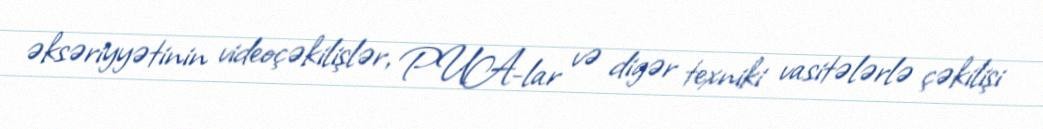
əksəriyyətinin videoçəkilişlər, PUA-lar və digər texniki vasitələrlə çəkilişi